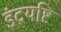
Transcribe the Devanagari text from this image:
इंद्रयष्टि